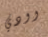
وودي